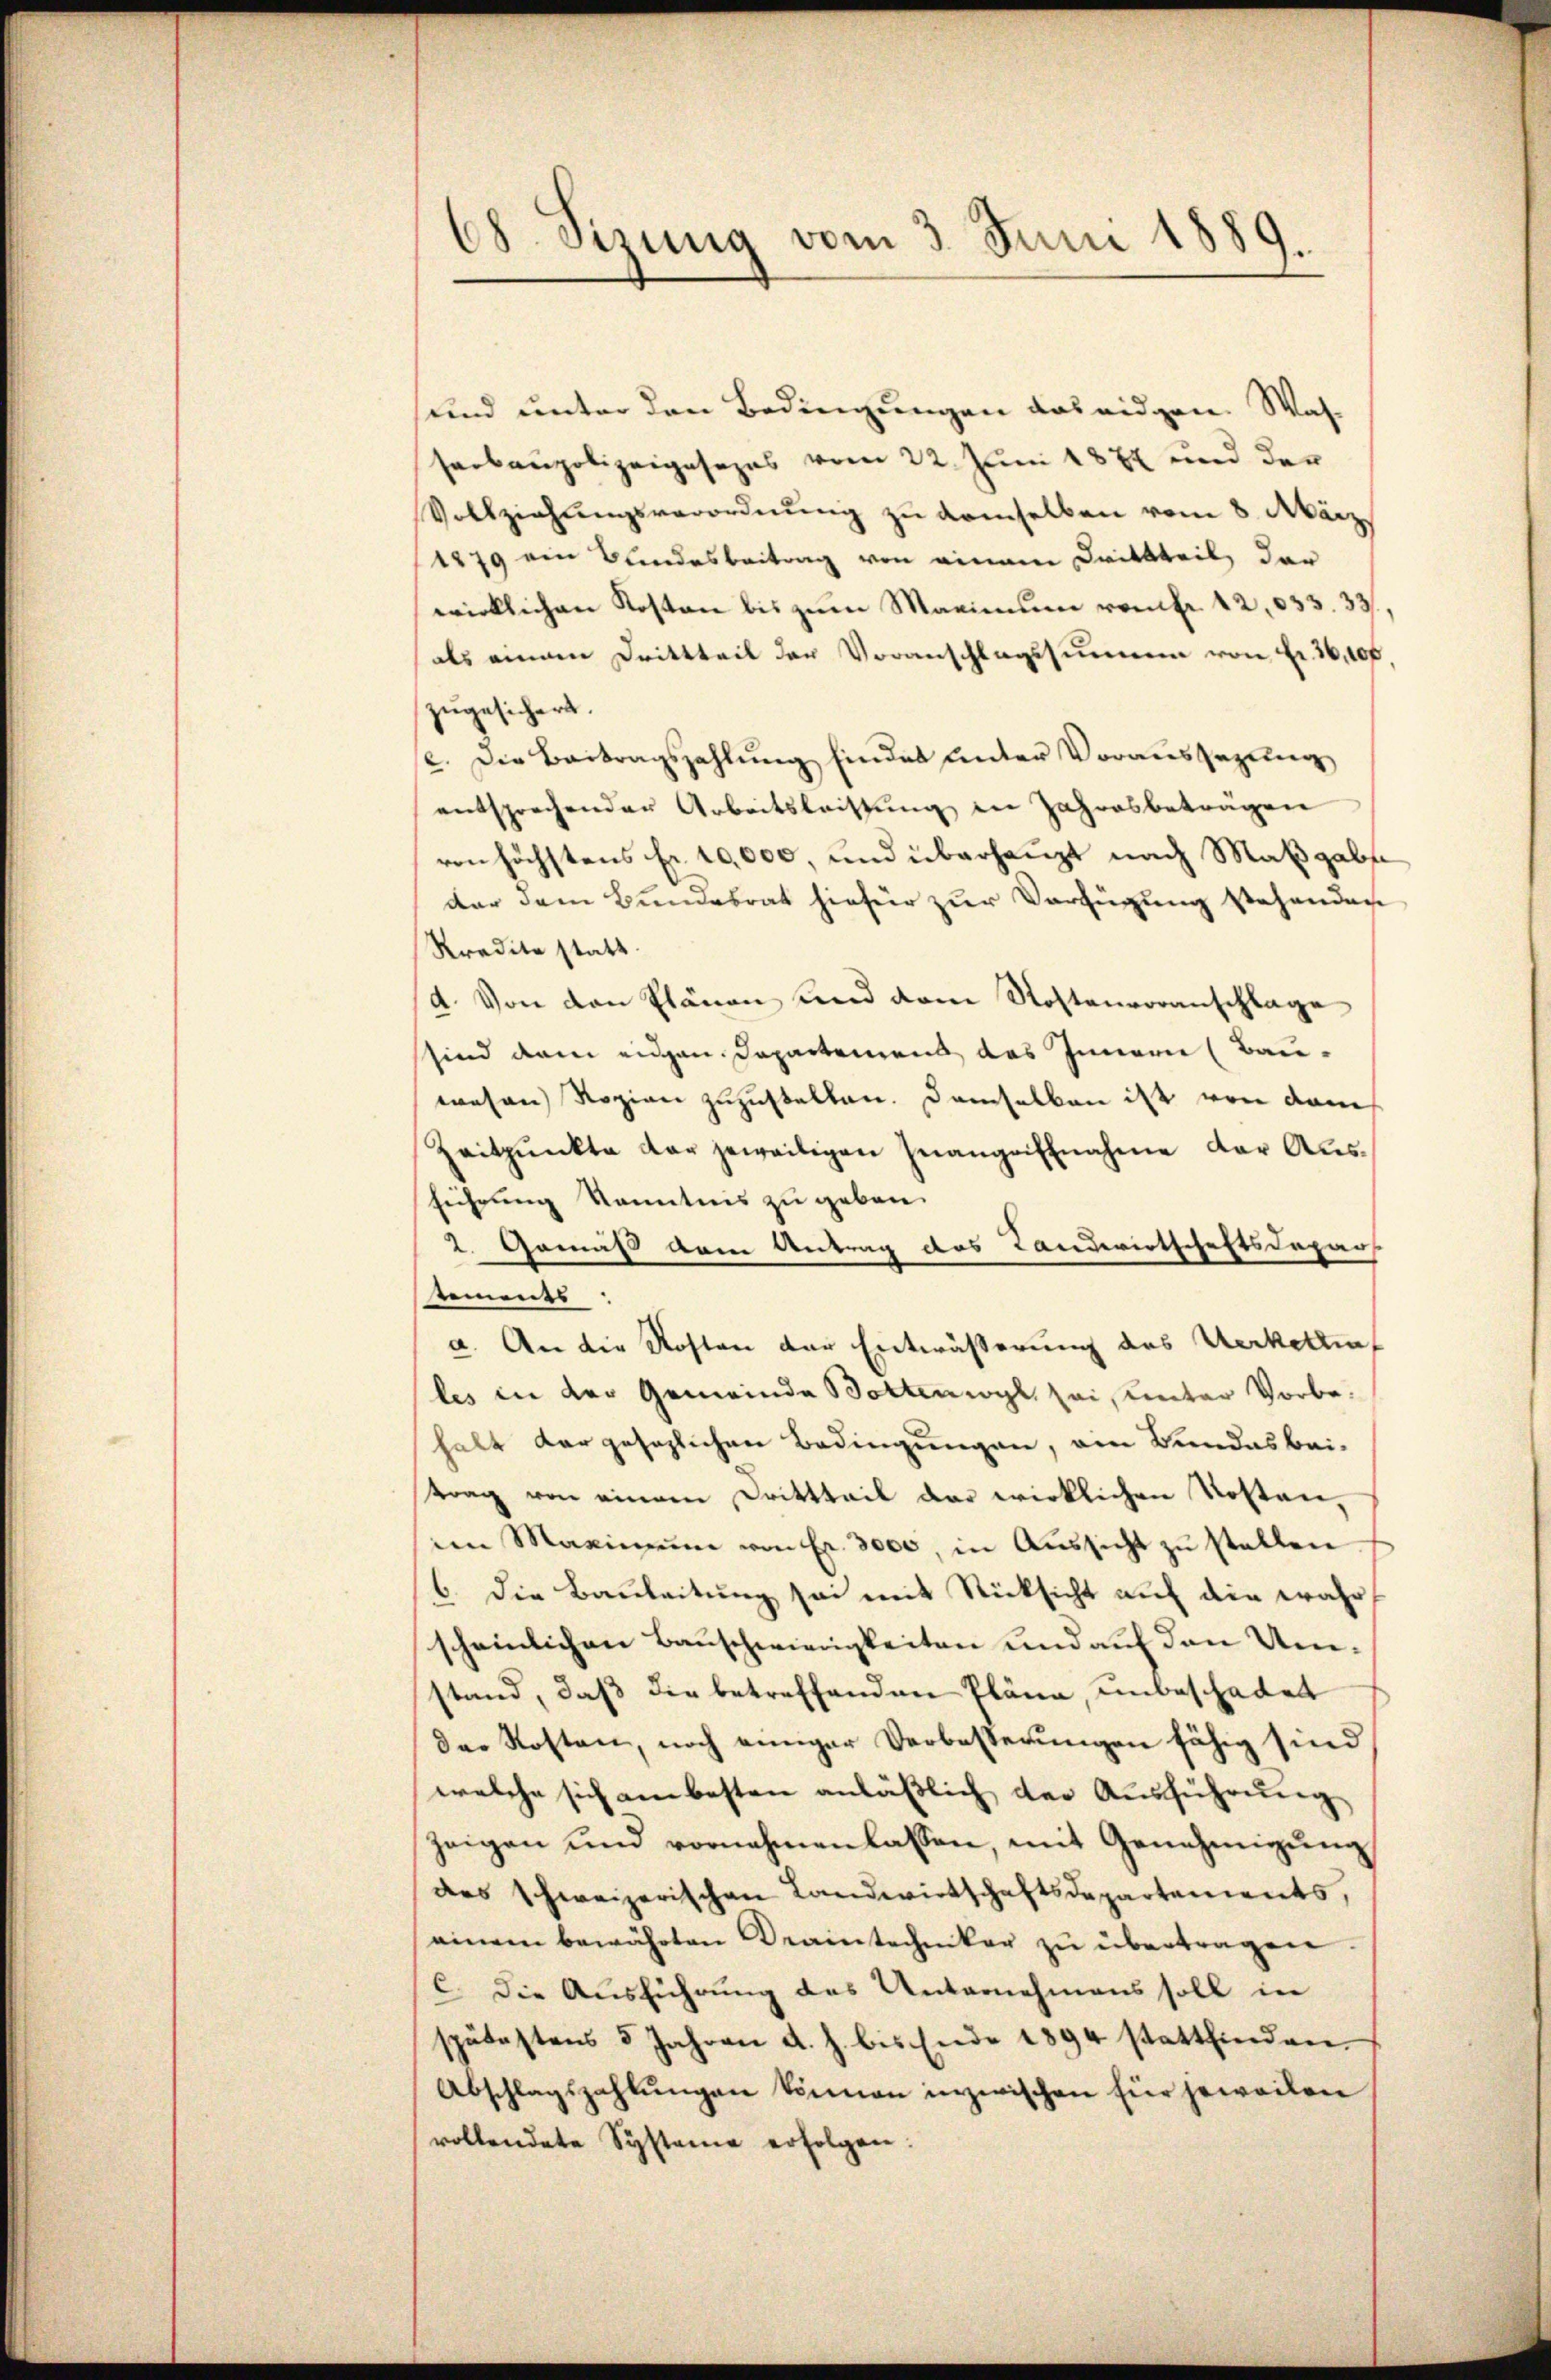
38. Sizung vom 3. Juni 1889.
.

und unter den Bedingungen das eidgen. Wasserbaupolizeigesezes vom 22. Juni 1872 und der
Vollziehungsverordnung zu demselben vom 8. März
1879 ein Bundesbeitrag von einem Drittteil, das
wirklichen Kosten bis zum Maximum vom fr. 42, 833. 33,
als einem Drittteil der Voranschlagssummen von Fr. 36,100.
zugesichert.
e. Die Beitragszahlung findes unter Voraussezung
entsprechender Arbeitsleistung in Jahresbeträgen
von höchstens Fr. 10,000, und überhaupt nach Maßgabe
dar dem Bundesrat hiefür zur Verfügung stehenden
Kredite statt
4. Von den Plänen und dem Kostenvoranschlage
sind dem eidgen. Departemens des Innern (Bau-
wesen Rozion zuzustellen. Demselben ist von dem
Zeitpunkte der jeweiligen Inangriffnahme der Ausführung Kenntnis zu geben.
2. Gemäß dem Antrag des Landwirtschaftsdepar
tements
a. An die Kosten der Entwässerung des Werkette
les in der Gemeinde Bottenwyl sei, unter Vorbehalt dargesezlichen Bedingungen, am Bundesbei-
trag von einem Dritttail das wirklichen Kosten,
in Maximŭm von Fr. 3000, in Aussicht zu stellen
6. Die Bauleitung sei mit Rücksicht auf die wahrscheinlichen Bauschwierigkeiten und auf den Umstand, daß die betreffenden Pläne, unbeschadet
dae Kosten, noch einiger Verbesserungen fähig sind
welche sich am besten anläßlich der Ausführung
zeigen und vornehmen lassen, mit Genehmigŭng
des schweizerischen Landwirtschaftsdepartements,
einem bewährten Kraintechniker zŭ übertragen.
C. Die Ausführung des Unternehmens soll in
spätestens 5 Jahren a. h. bis Ende 1894 stattfinden.
Abschlagszahlŭngen können inzwischen für jeweilen
vollendete Systeme erfolgen.